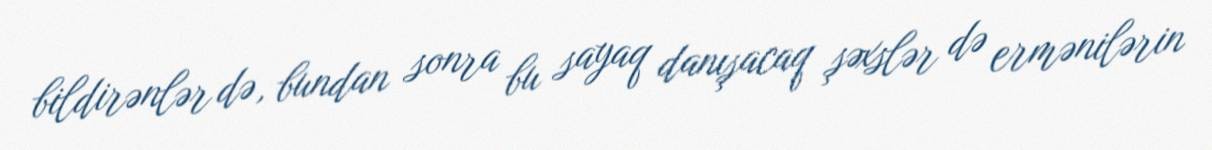
bildirənlər də, bundan sonra bu sayaq danışacaq şəxslər də ermənilərin